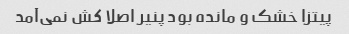
پیتزا خشک و مانده بود پنیر اصلا کش نمی‌آمد